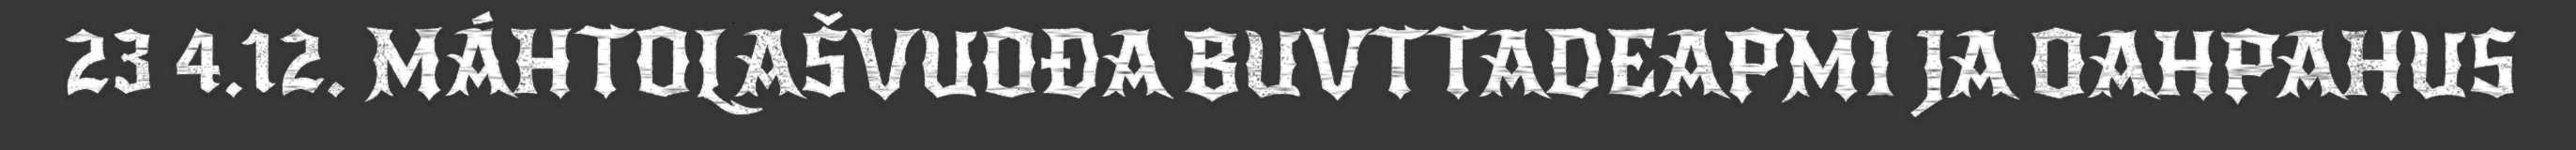
23 4.12. MÁHTOLAŠVUOĐA BUVTTADEAPMI JA OAHPAHUS